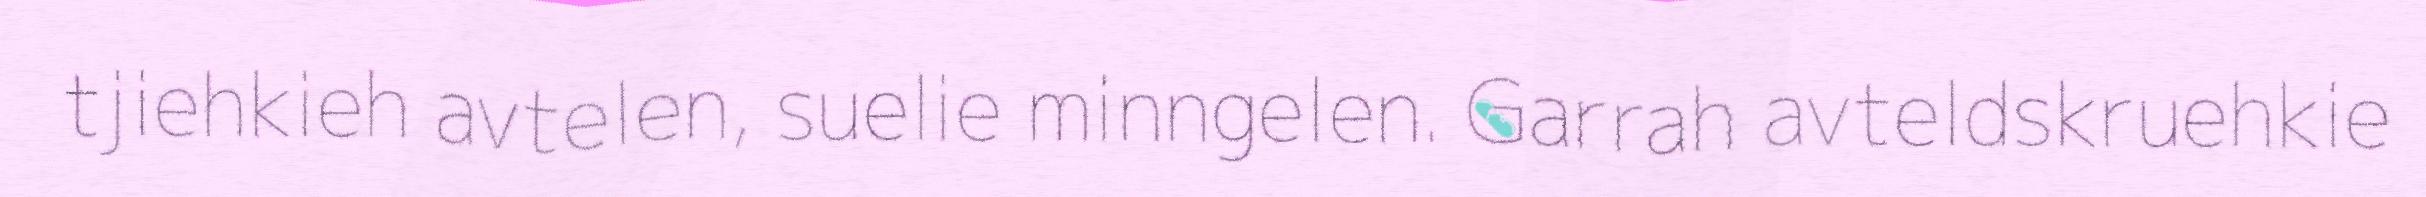
tjiehkieh avtelen, suelie minngelen. Garrah avteldskruehkie